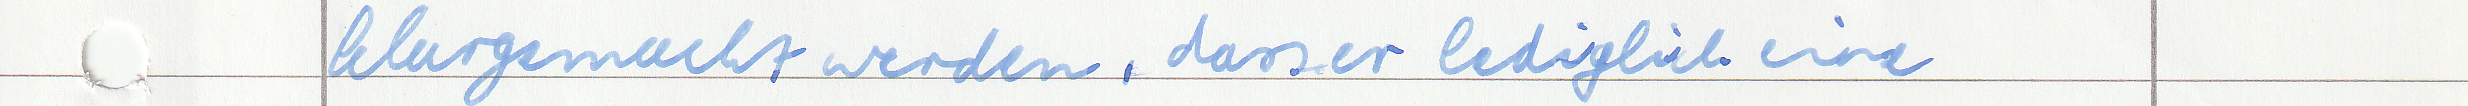
klargemacht werden, dass er lediglich eine